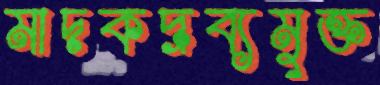
মাদকদ্রব্যমুক্ত